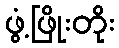
ဖွံ့ဖြိုးတိုး